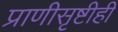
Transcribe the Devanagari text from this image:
प्राणीसृष्टीही